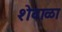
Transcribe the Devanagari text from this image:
शेवाळा